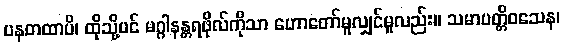
ပနတထာပိ၊ ထိုသို့ပင် မဂ္ဂါနန္တရဖိုလ်ကိုသာ ဟောတော်မူလျှင်မူလည်း။ သမာပတ္တိဝသေန၊